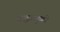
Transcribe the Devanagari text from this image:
बद्धांजुळी